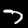
Label: 7